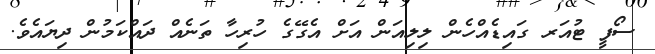
ސޯފީ ޓުއަރ ގައިޑެއްހެން ލިލިއަން އަށް އެގޭގެ ހުރިހާ ތަނެއް ދައްކަމުން ދިޔައެވެ.